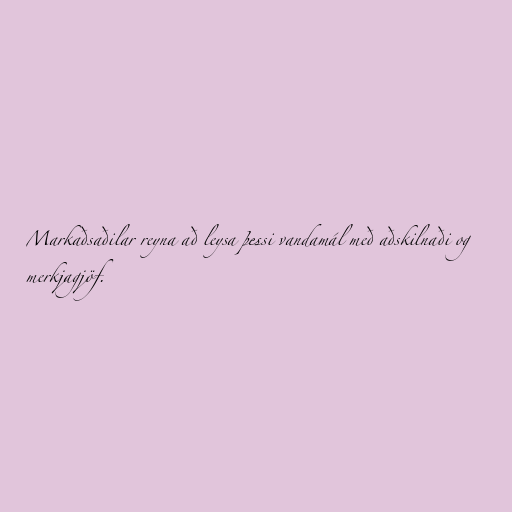
Markaðsaðilar reyna að leysa þessi vandamál með aðskilnaði og
merkjagjöf.